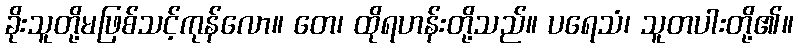
ခိုးသူတို့မဖြစ်သင့်ကုန်လော။ တေ၊ ထိုရဟန်းတို့သည်။ ပရေသံ၊ သူတပါးတို့၏။